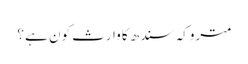
متروکہ سندھ کا وارث کون ہے ؟